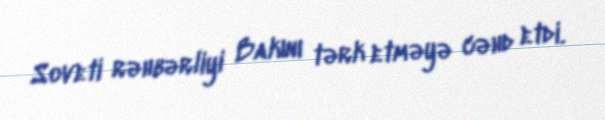
Soveti rəhbərliyi Bakını tərk etməyə cəhd etdi.